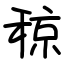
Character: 稤